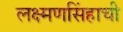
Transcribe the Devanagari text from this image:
लक्ष्मणसिंहाची